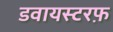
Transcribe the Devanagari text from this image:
डवायस्टरफ़